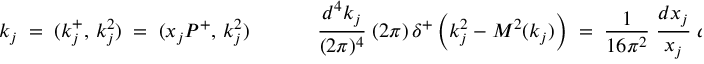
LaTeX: k _ { j } \; = \; ( k _ { j } ^ { + } , \, k _ { j } ^ { 2 } ) \; = \; ( x _ { j } P ^ { + } , \, k _ { j } ^ { 2 } ) \; \; \; \; \; \; \; \; \; \; \; \; \frac { d ^ { 4 } k _ { j } } { ( 2 \pi ) ^ { 4 } } \; ( 2 \pi ) \, \delta ^ { + } \left( k _ { j } ^ { 2 } - M ^ { 2 } ( k _ { j } ) \right) \; = \; \frac { 1 } { 1 6 \pi ^ { 2 } } \; \frac { d x _ { j } } { x _ { j } } \; d k _ { j } ^ { 2 } \; .